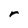
Character: r